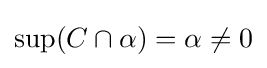
\sup(C\cap \alpha )=\alpha \neq 0